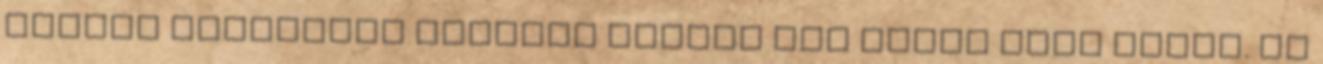
magyar politikai vezetés között túl későn jött létre. Az